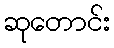
ဆုတောင်း